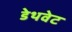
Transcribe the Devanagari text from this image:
डेथवेट